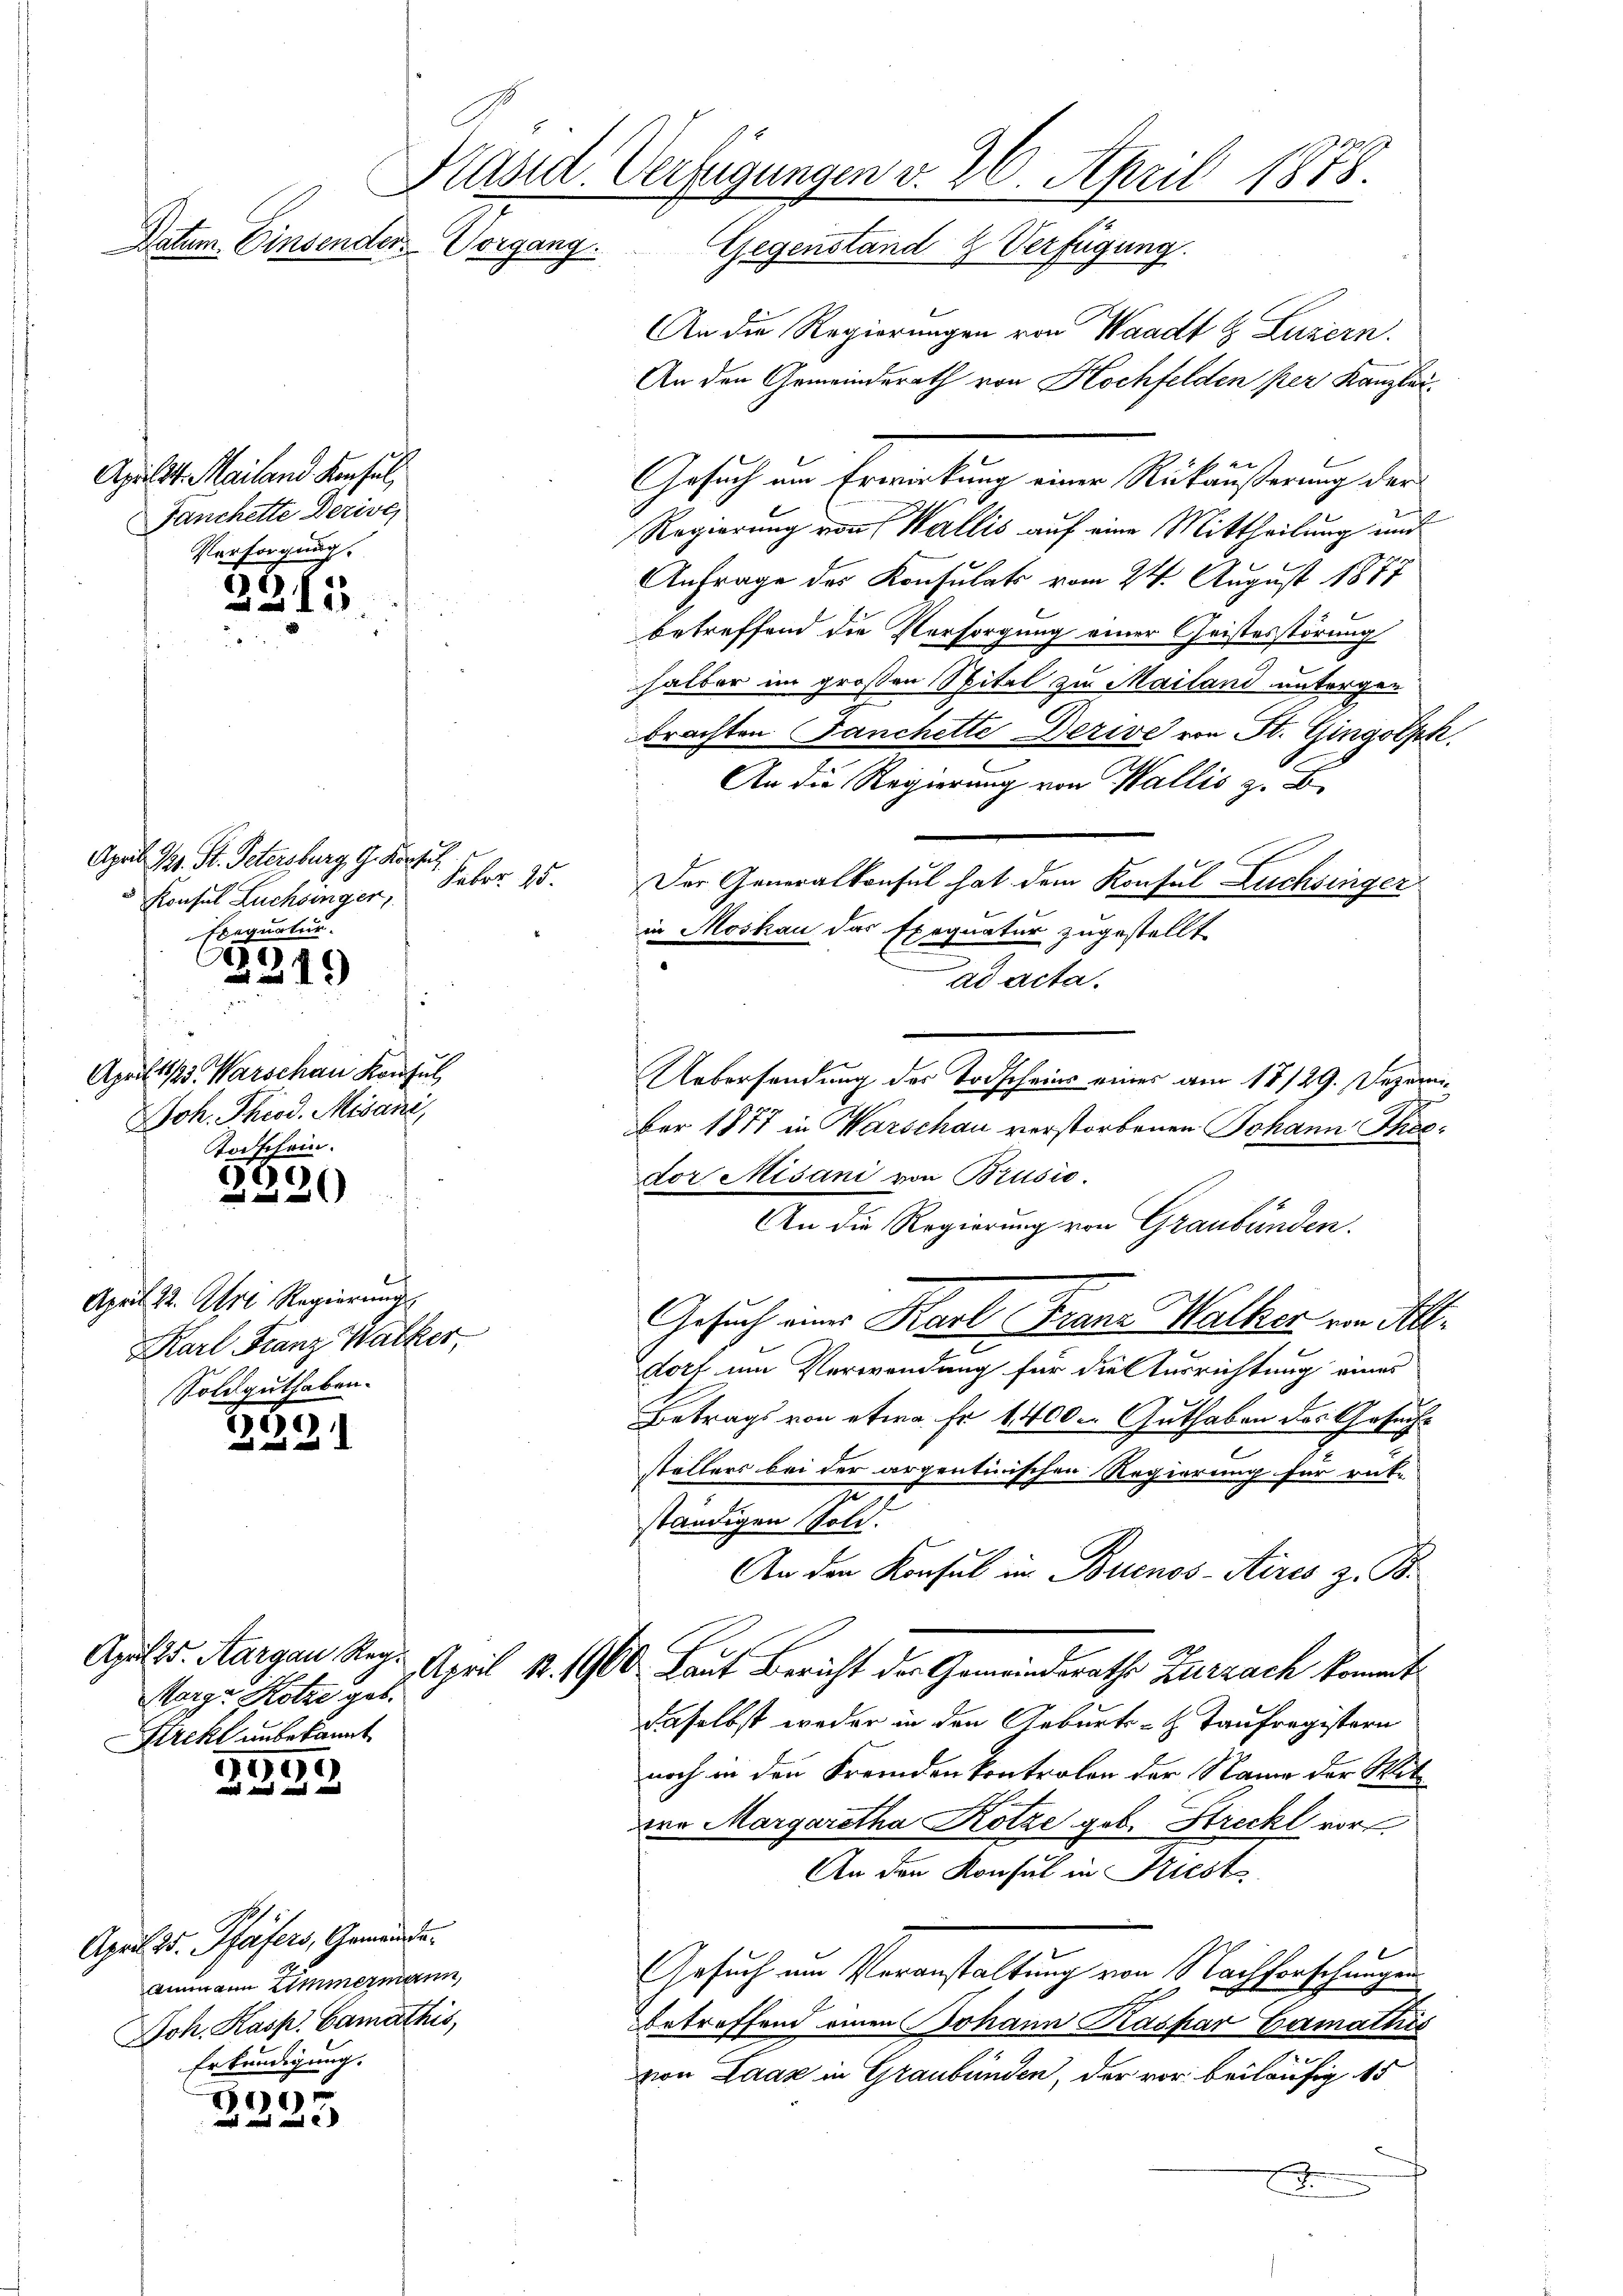
Käsid. Verfügungen v. 26. April 1878.
Datum Einsender Vorgang
Gegenstand & Verfügung.

An die Regierungen von Waadt & Luzern.
An den Gemeinderath von Hochfelden per Kanzlei¬
Gesuch am Erwirkung einer Rückäußerung der
Regierung von Wallis auf eine Mittheilung und
Anfrage des Konsulats vom 24. August 1877
betreffend die Vorsorgung einer Geistesstörung
halber im großen Spital zu Mailand untergen
brachten Fanchette Derive von St. Gingolph
An die Regierung von Wallis z. B.
Der Generalkonsul hat dem Konsul Buchsinger
in Moskau das Exequatur zugestellt
ad acta.
Uebersendung der Todscheins eines am 17/29. Dezem¬
¬
Ber 1877 in Warschau verstorbenen Johann Spiesdor Misani von Brusio.
An die Regierung von Graubünden.
Gesuch eine Karl Franz Walker von Al¬

dorf um Verwendung für die Ausrichtung eines
Betrags von etwa Fr. 1400. Guthaben des Gesucht
stellers bei der argentinischen Regierung für rücke
2
ständigen Sold.
An den Konsul in Buenos-Aires z. B.
Apulis. Aargau Reg. April 1. 1900 Laut Bericht der Gemeindsrathe Zurzach kommt
daselbst weder in den Geburts- & Taufregistern
noch in den Fremden kontrolen der Name der Mitre Margaretha Kotze geb. Streckl vor
An den Konsul in Friest
Gesuch um Veranstaltung von Nachforschungen
betreffend einen Johann Kaspar Camathis
von Laaz in Graubünden, der vor beiläufig 15
E

Apult. Mailand. Konsul
Fanchette Dezive
Versorgung.

2315

April Kt. St. Petersburg, G. Konsul
Feber 25.
Konsul Luchsinger,
Exequatur.
.

2349

Aprilts. Warschau Konsul
Joh. Throd. Misani
Todschein.

6
36)
e

April 22. Apri Regierung.
Karl Franz Wacker,
Soldguthaben.

2221

Morge Kotze geb.
Strekt unbekannt

2232

April 25. Pfäfers, Gemeinde.
Ammann Zimmermann,
Joh. Kasp. Camathis,
Erkundigung.

)